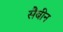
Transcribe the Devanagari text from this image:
सैबीन